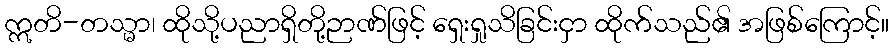
ဣတိ-တသ္မာ၊ ထိုသို့ပညာရှိတို့ဉာဏ်ဖြင့် ရှေးရှုသိခြင်းငှာ ထိုက်သည်၏ အဖြစ်ကြောင့်။